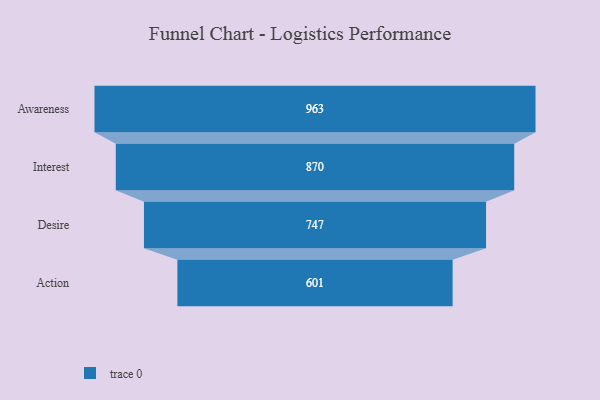
{"axis": {"x": "Stage", "y": "Value"}, "legend": [""], "data": [{"x": "Awareness", "y": 963.0, "type": ""}, {"x": "Interest", "y": 870.0, "type": ""}, {"x": "Desire", "y": 747.0, "type": ""}, {"x": "Action", "y": 601.0, "type": ""}]}